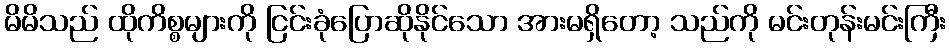
မိမိသည် ထိုကိစ္စများကို ငြင်းခုံပြောဆိုနိုင်သော အားမရှိတော့ သည်ကို မင်းတုန်းမင်းကြီး